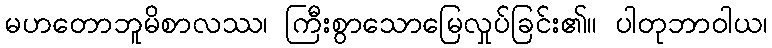
မဟတောဘူမိစာလဿ၊ ကြီးစွာသောမြေလှုပ်ခြင်း၏။ ပါတုဘာဝါယ၊